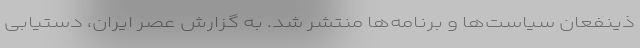
ذینفعان سیاست‌ها و برنامه‌ها منتشر شد. به گزارش عصر ایران، دستیابی